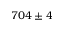
7 0 4 \pm 4